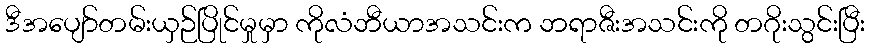
ဒီအပျော်တမ်းယှဉ်ပြိုင်မှုမှာ ကိုလံဘီယာအသင်းက ဘရာဇီးအသင်းကို တဂိုးသွင်းပြီး